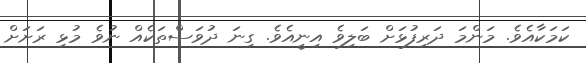
ކަމަކާއެވެ. މަންމަ ދަރިފުޅަށް ބަލިވެ އިނީއެވެ. ގިނަ ދުވަސްތަކެއް ނުވެ މުޅި ރަށަށް